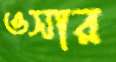
ওসার